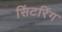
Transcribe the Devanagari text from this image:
सिंटरिंग